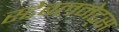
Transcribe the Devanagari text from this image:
स्टेबलमेट्स